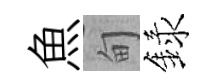
魚甸録